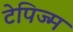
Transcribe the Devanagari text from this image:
टेपिज्म